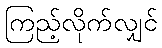
ကြည့်လိုက်လျှင်